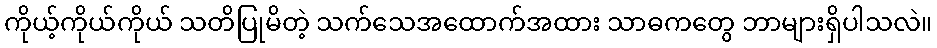
ကိုယ့်ကိုယ်ကိုယ် သတိပြုမိတဲ့ သက်သေအထောက်အထား သာဓကတွေ ဘာများရှိပါသလဲ။